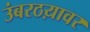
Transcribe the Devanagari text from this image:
उंबरठय़ावर